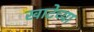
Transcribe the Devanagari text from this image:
खाटेच्या